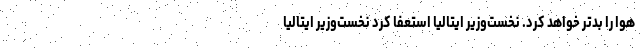
هوا را بدتر خواهد کرد. نخست‌وزیر ایتالیا استعفا کرد نخست‌وزیر ایتالیا